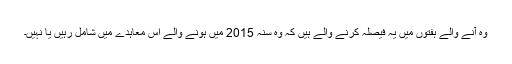
وہ آنے والے ہفتوں میں یہ فیصلہ کرنے والے ہیں کہ وہ سنہ 2015 میں ہونے والے اس معاہدے میں شامل رہیں یا نہیں۔